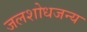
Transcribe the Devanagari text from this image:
जलशोधजन्य